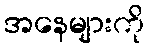
အနေများကို